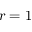
r = 1